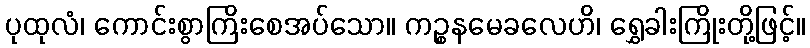
ပုထုလံ၊ ကောင်းစွာကြိးစေအပ်သော။ ကဉ္စနမေခလေဟိ၊ ရွှေခါးကြိုးတို့ဖြင့်။